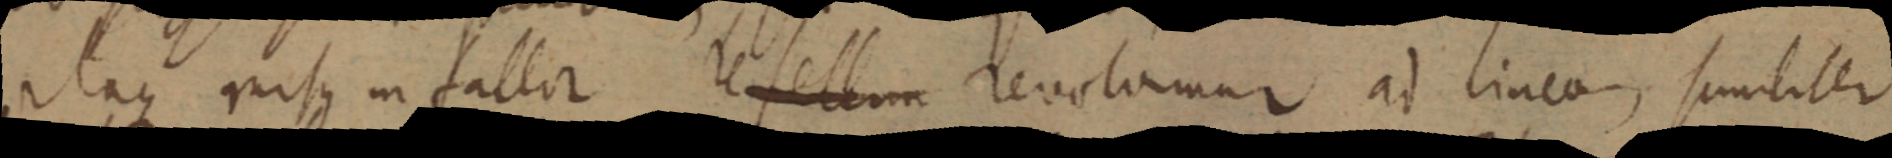
itaque _ in fallor refellum revolomur ad linea, similiter